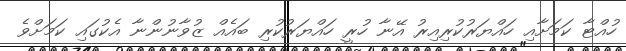
ހުއްޓާ ކަމަށާއި ހައްޔަރުކުރިއިރު އޭނާ ހުރީ ހައްޔަރުކުރި ބައެއް ޒުވާނުންނާ އެކުގައި ކަމަށްވެ